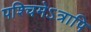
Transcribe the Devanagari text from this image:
पश्चिमेऽत्रापि